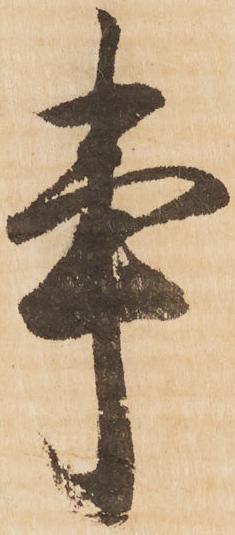
事